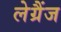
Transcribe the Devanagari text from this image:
लेग्रैंज